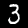
Digit: 3